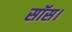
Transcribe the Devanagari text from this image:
सॉस।